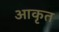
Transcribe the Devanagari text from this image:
आकृत